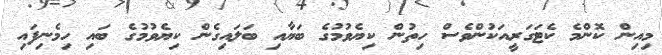
މިއިން ކޮންމެ ކެޓަގަރީއަކުންވެސް ހިތުން ކިޔެވުމުގެ ބަޔާއި ބަލައިގެން ކިޔެވުމުގެ ބައި ހިމެނިފައި